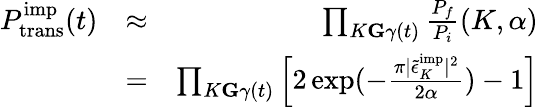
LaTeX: \begin{array}{rlr}{P_{\mathrm{trans}}^{\mathrm{imp}}(t)}&{\approx}&{\prod_{K\le G\gamma(t)}\frac{P_{f}}{P_{i}}(K,\alpha)}\\ &{=}&{\prod_{K\le G\gamma(t)}\left[2\exp(-\frac{\pi\vert{\tilde{\epsilon}}_{K}^{\textrm{imp}}\vert^{2}}{2\alpha})-1\right]}\end{array}